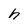
Character: h